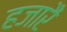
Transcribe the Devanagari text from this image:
हजारैं